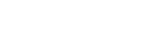
ဩဝဒိဿတီတိပေ